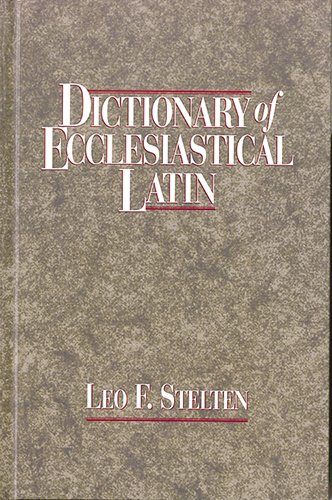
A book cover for Dictionary of Ecclesiastical Latin: With an Appendix of Latin Expressions Defined and Clarified; Leo F. Stelten; Reference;